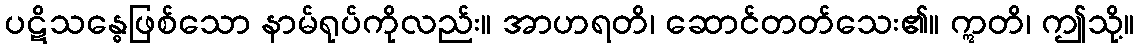
ပဋိသန္ဓေဖြစ်သော နာမ်ရုပ်ကိုလည်း။ အာဟရတိ၊ ဆောင်တတ်သေး၏။ ဣတိ၊ ဤသို့။